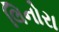
લિનોરા